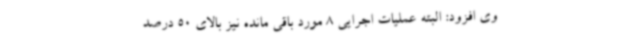
وی افزود: البته عملیات اجرایی 8 مورد باقی مانده نیز بالای 50 درصد